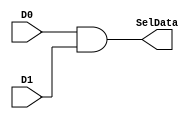
module and1(input D0, input D1,output wire SelData);
       assign SelData = D0 & D1;
endmodule